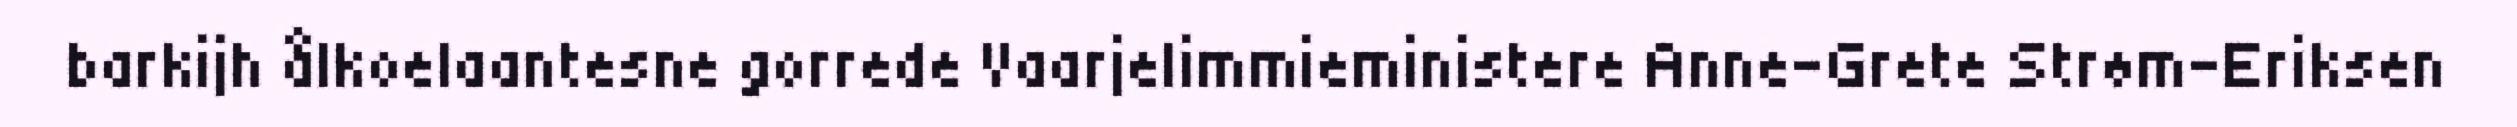
barkijh ålkoelaantesne gorrede Vaarjelimmieministere Anne-Grete Strøm-Eriksen